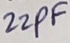
Text: 22PF